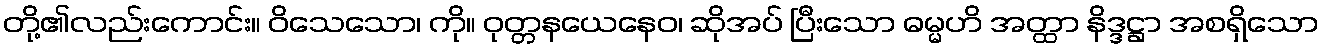
တို့၏လည်းကောင်း။ ဝိသေသော၊ ကို။ ဝုတ္တနယေနေဝ၊ ဆိုအပ် ပြီးသော ဓမ္မဟိ အတ္ထာ နိဒ္ဒဋ္ဌာ အစရှိသော